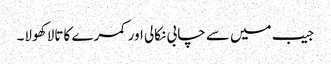
جیب میں سے چابی نکالی اور کمرے کا تالا کھولا۔